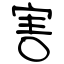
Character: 害